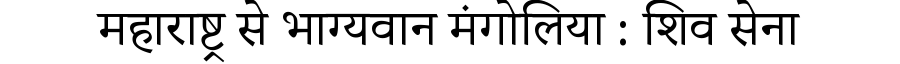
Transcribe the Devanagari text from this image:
महाराष्ट्र से भाग्यवान मंगोलिया : शिव सेना